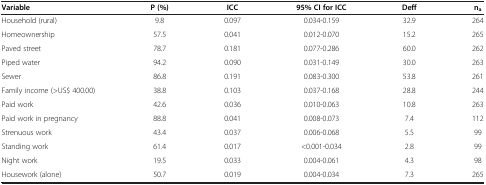
<table><thead><tr><td><b>Variable</b></td><td><b>P (%)</b></td><td><b>ICC</b></td><td><b>95% CI for ICC</b></td><td><b>Deff</b></td><td><b>n<sub>a</sub></b></td></tr></thead><tbody><tr><td>Household (rural)</td><td>9.8</td><td>0.097</td><td>0.034-0.159</td><td>32.9</td><td>264</td></tr><tr><td>Homeownership</td><td>57.5</td><td>0.041</td><td>0.012-0.070</td><td>15.2</td><td>265</td></tr><tr><td>Paved street</td><td>78.7</td><td>0.181</td><td>0.077-0.286</td><td>60.0</td><td>262</td></tr><tr><td>Piped water</td><td>94.2</td><td>0.090</td><td>0.031-0.149</td><td>30.0</td><td>263</td></tr><tr><td>Sewer</td><td>86.8</td><td>0.191</td><td>0.083-0.300</td><td>53.8</td><td>261</td></tr><tr><td>Family income (&gt;US$ 400.00)</td><td>38.8</td><td>0.103</td><td>0.037-0.168</td><td>28.8</td><td>244</td></tr><tr><td>Paid work</td><td>42.6</td><td>0.036</td><td>0.010-0.063</td><td>10.8</td><td>263</td></tr><tr><td>Paid work in pregnancy</td><td>88.8</td><td>0.041</td><td>0.008-0.073</td><td>7.4</td><td>112</td></tr><tr><td>Strenuous work</td><td>43.4</td><td>0.037</td><td>0.006-0.068</td><td>5.5</td><td>99</td></tr><tr><td>Standing work</td><td>61.4</td><td>0.017</td><td>&lt;0.001-0.034</td><td>2.8</td><td>99</td></tr><tr><td>Night work</td><td>19.5</td><td>0.033</td><td>0.004-0.061</td><td>4.3</td><td>98</td></tr><tr><td>Housework (alone)</td><td>50.7</td><td>0.019</td><td>0.004-0.034</td><td>7.3</td><td>265</td></tr></tbody></table>